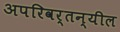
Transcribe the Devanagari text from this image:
अपरिवर्तन्यील